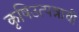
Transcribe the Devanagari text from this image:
कृषिउत्पन्नाची